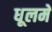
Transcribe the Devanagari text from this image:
धूलमें